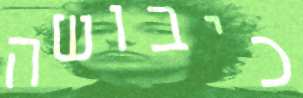
כיבושה